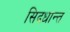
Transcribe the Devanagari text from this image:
सिद़धान्‍त